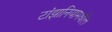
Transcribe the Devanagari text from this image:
टांझानियामधील